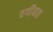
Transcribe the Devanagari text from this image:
वर्गीयात